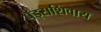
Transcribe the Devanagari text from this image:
पॅड्सशिवाय